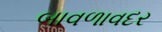
બાવળાવદર